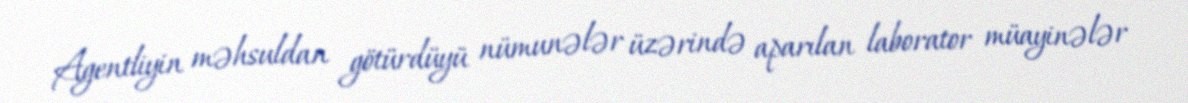
Agentliyin məhsuldan götürdüyü nümunələr üzərində aparılan laborator müayinələr